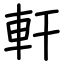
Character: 軒